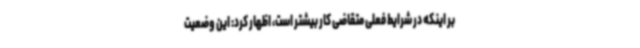
بر اینکه در شرایط فعلی متقاضی کار بیشتر است، اظهار کرد: این وضعیت